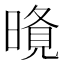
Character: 𭧐